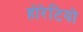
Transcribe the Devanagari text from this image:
होरेटियो